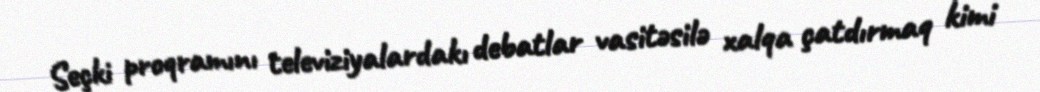
Seçki proqramını televiziyalardakı debatlar vasitəsilə xalqa çatdırmaq kimi